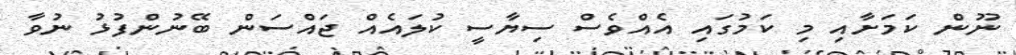
ނޫން ކަމަށާއި މި ކަމުގައި އެއްވެސް ސިޔާސީ ކުލައެއް ޖައްސަން ބޭނުންފުޅު ނުވާ